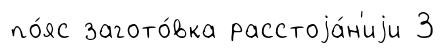
по́яс загото́вка расстоjа́н'иjи 3